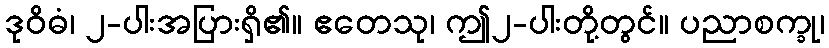
ဒုဝိဓံ၊ ၂-ပါးအပြားရှိ၏။ ဧတေသု၊ ဤ၂-ပါးတို့တွင်။ ပညာစက္ခု၊